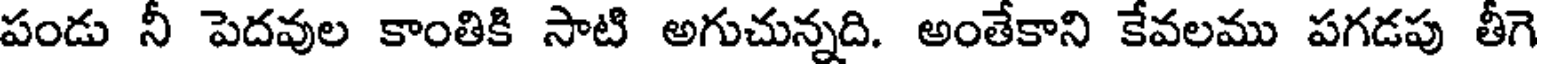
పండు నీ పెదవుల కాంతికి సాటి అగుచున్నది. అంతేకాని కేవలము పగడపు తీగె